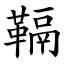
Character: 䩹